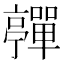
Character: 𡅄